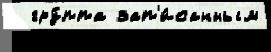
  гру́ппа зап'и́санным